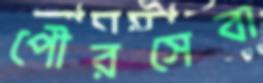
পৌরসেবা